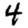
Digit: 4